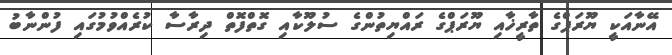
އޭނާއަކީ ޔޫރަޕްގެ ތާރީޚާއި ޔޫރަޕްގެ ރައްޔިތުންގެ ސުލޫކާއި ގޮތްފޮތް ދިރާސާ ކުރެއްވުމުގައި ފުންނާބު